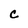
Character: C